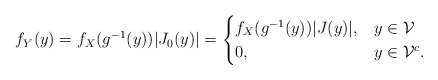
\begin{align*}f_Y(y) = f_X(g^{-1}(y))|J_0(y)| = \begin{cases}f_X(g^{-1}(y))|J(y)|, & y\in\mathcal{V} \\0, & y\in\mathcal{V}^c.\end{cases}\end{align*}